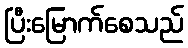
ပြီးမြောက်စေသည်